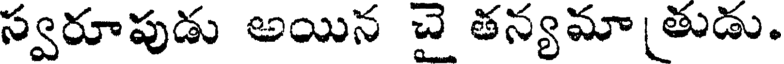
స్వరూపుడు అయిన చై తన్యమా తుడు.